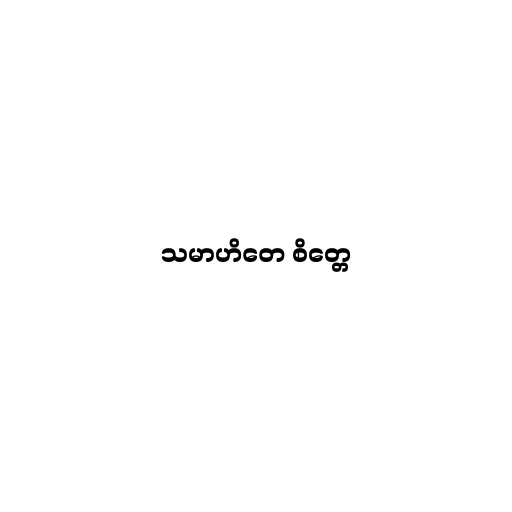
သမာဟိတေ စိတ္တေ